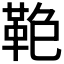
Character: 𩊋